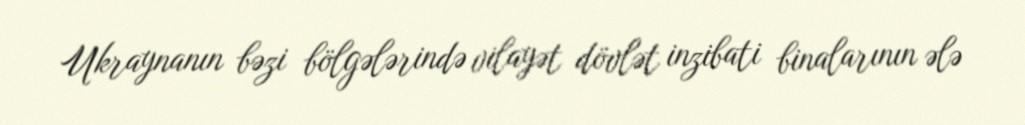
Ukraynanın bəzi bölgələrində vilayət dövlət inzibati binalarının ələ